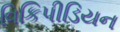
વિકિપીડિયન